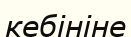
кебініне